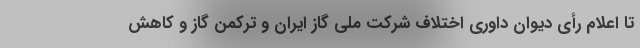
تا اعلام رأی دیوان داوری اختلاف شرکت ملی گاز ایران و ترکمن گاز و کاهش